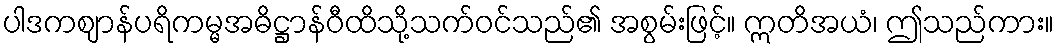
ပါဒကဈာန်ပရိကမ္မအဓိဋ္ဌာန်ဝီထိသို့သက်ဝင်သည်၏ အစွမ်းဖြင့်။ ဣတိအယံ၊ ဤသည်ကား။